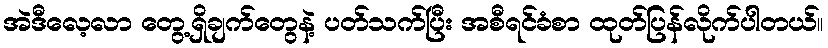
အဲဒီလေ့လာ တွေ့ရှိချက်တွေနဲ့ ပတ်သက်ပြီး အစီရင်ခံစာ ထုတ်ပြန်လိုက်ပါတယ်။